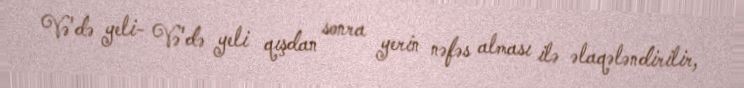
Və'də yeli- Və'də yeli qışdan sonra yerin nəfəs alması ilə əlaqələndirilir,